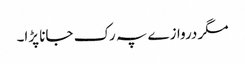
مگر دروازے پہ رک جانا پڑا۔